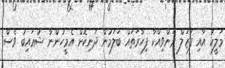
މަލީކު އާއި ފަޒަލް ރަންވިއްކާ ފިހާރަތައް ބަލަމުން ދަނިކޮށް އެމީހުންނާ ޝުޢައިބު ވެސް